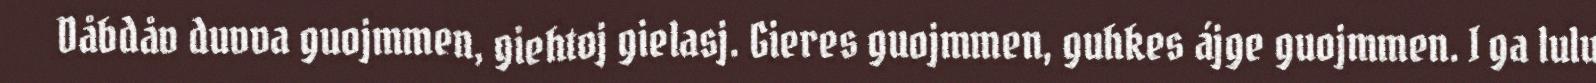
Dåbdåv duvva guojmmen, giehtoj gielasj. Gieres guojmmen, guhkes ájge guojmmen. I ga lulu